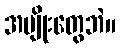
အမျိုးတွေဘဲ။